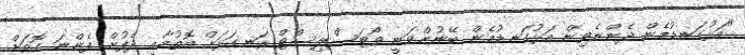
"އަޅުގަނޑުމެން ދެންނެވިން އަޅުގަނޑުމެން ބޭނުންވަނީ ވޯޓަސްލިސްޓް ރަނގަޅަށް އޮތުމާއި ދެފުށް ފެންނަ ގޮތަށް